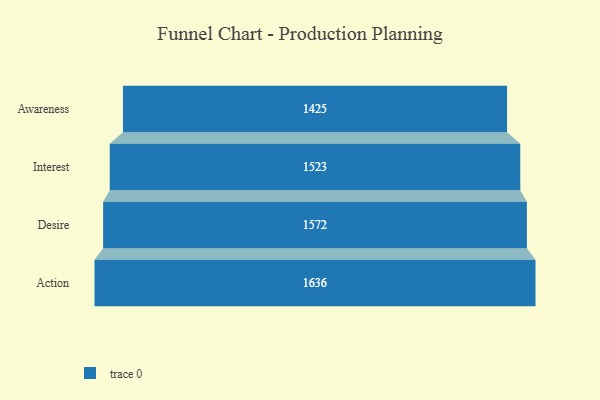
{"axis": {"x": "Stage", "y": "Value"}, "legend": [""], "data": [{"x": "Awareness", "y": 1425.0, "type": ""}, {"x": "Interest", "y": 1523.0, "type": ""}, {"x": "Desire", "y": 1572.0, "type": ""}, {"x": "Action", "y": 1636.0, "type": ""}]}